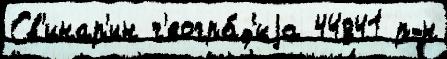
Св'инар'ин г'еогра́ф'иjа 44841 р-н